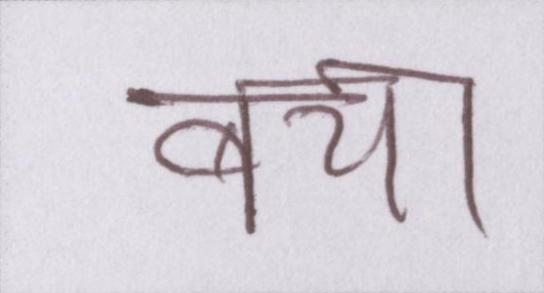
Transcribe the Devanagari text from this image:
बचा